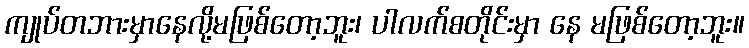
ကျုပ်တဘားမှာနေလို့မဖြစ်တော့ဘူး၊ ပါလက်စတိုင်းမှာ နေ မဖြစ်တော့ဘူး။